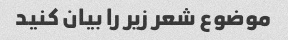
موضوع شعر زیر را بیان کنید